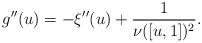
LaTeX: \begin{align*} g''(u)=-\xi''(u) +\frac1{\nu([u,1])^2}. \end{align*}